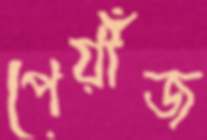
পেয়াঁজ